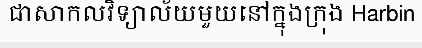
ជាសាកលវិទ្យាល័យមួយនៅក្នុងក្រុង Harbin